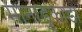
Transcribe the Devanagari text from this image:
मानाडुकांडा